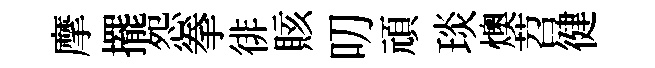
摩擺怨拳徘賅叨頑琰燠苕徤